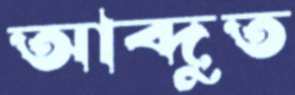
আব্দুত